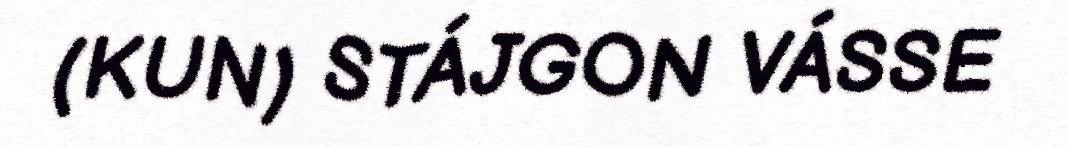
(KUN) STÁJGON VÁSSE